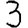
Digit: 3